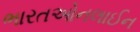
ભારતઓનલાઈન